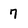
Character: 7